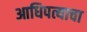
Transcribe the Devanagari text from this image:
आधिपत्याचा